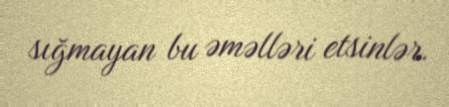
sığmayan bu əməlləri etsinlər.